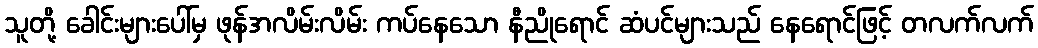
သူတို့ ခေါင်းများပေါ်မှ ဖုန်အလိမ်းလိမ်း ကပ်နေသော နီညိုရောင် ဆံပင်များသည် နေရောင်ဖြင့် တလက်လက်